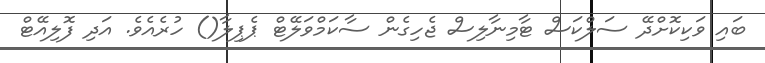
ބައި ވަކިކޮށްދޭ ސަލްކަސް ޓާމިނާލިސް ޖެހިގެން ސާކަމްވަލޭޓް ޕެޕިލާ() ހުރެއެވެ. އަދި ފޮލިއޭޓް